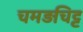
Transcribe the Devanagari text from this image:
चमड़चिट्ट